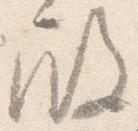
殿